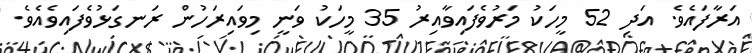
އަރާފައެވެ. އަދި 52 މީހަކު މަރުވެފައިވާއިރު 35 މީހަކު ވަނީ މިވައިރަހުން ރަނގަޅުވެފައިވެއެވެ.